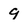
Character: 9